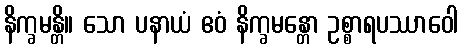
နိက္ခမန္တိ။ သော ပနာယံ ဧဝံ နိက္ခမန္တော ဥစ္စာရပဿာဝေါ